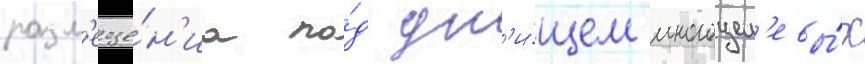
разм'еще́н'иа по́д дн'и́щем многоцел'евы́х